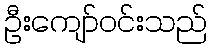
ဦးကျော်ဝင်းသည်